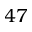
4 7